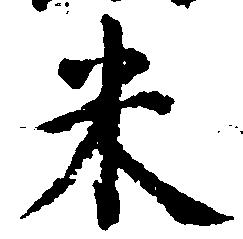
米